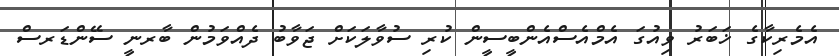
އެމެރިކާގެ ޚަބަރު ވިއުގަ އެމްއެސްއެންބީސީން ކުރި ސުވާލަކަށް ޖަވާބު ދެއްވަމުން ބާރނީ ސޭންޑަރސް